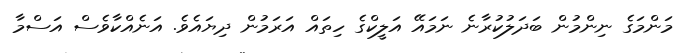
މަންމަގެ ނިންމުން ބަދަލުކުރާނެ ނަމައޭ އަލީކްގެ ހިތައް އަރަމުން ދިޔައެވެ. އަނެއްކާވެސް އަސްމާ